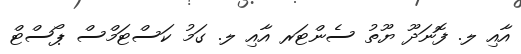
އާއި ލ. ފޮނަދޫ ޔޫތު ސެންޓަރ އާއި ލ. ގަމު ކަސްޓަމްސް ޕޯސްޓް